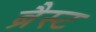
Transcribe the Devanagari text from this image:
ब्रैस्ट